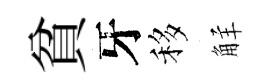
貧牙移觧